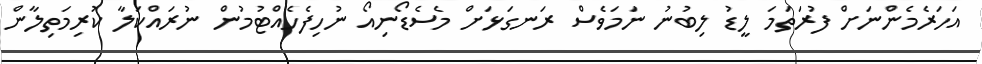
އަހަރެމެންނަށް ފުރަތަމަ ލީޑު ލިބުނު ނަމަވެސް ރަނގަޅަށް މެސެޑޯނިއޯ ނުހިފެހެއްޓުމުން ނުރައްކަލާ ކުރިމަތިލާން